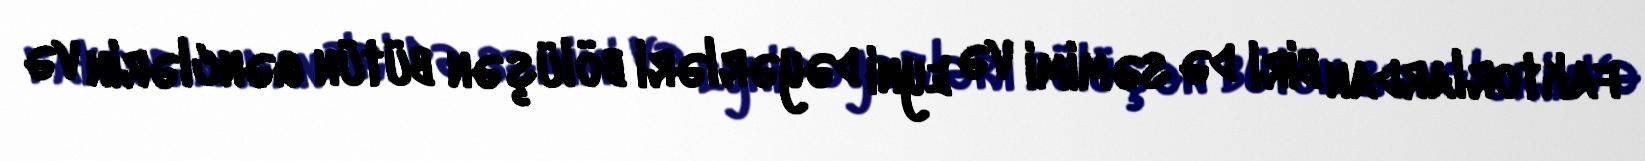
faktorlardan biri də səmimi və eyni dəyərləri bölüşən bütün gənclərin və